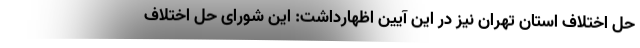
حل اختلاف استان تهران نیز در این آیین اظهارداشت: این شورای حل اختلاف